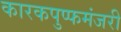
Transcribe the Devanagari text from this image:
कारकपुप्फमंजरी